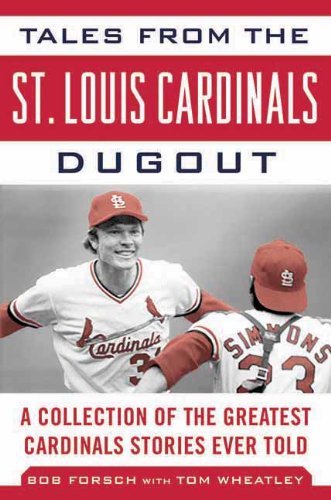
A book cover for Tales from the St. Louis Cardinals Dugout: A Collection of the Greatest Cardinals Stories Ever Told; Bob Forsch; Sports & Outdoors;